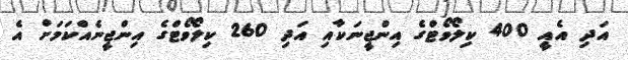
އަދި އެއީ 400 ކިލޯވޯޓްގެ އިންޖީނަކާއި އަދި 260 ކިލޯވޯޓްގެ އިންޖީނެއްކަމަށް އެ